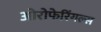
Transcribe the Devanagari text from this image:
ओरोफेरिंगल्स